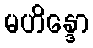
မဟိန္ဒော